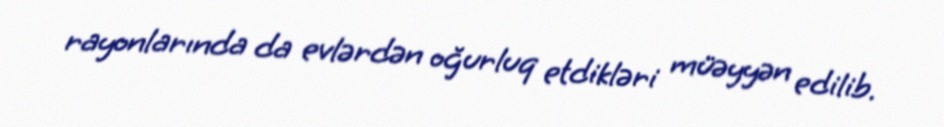
rayonlarında da evlərdən oğurluq etdikləri müəyyən edilib.